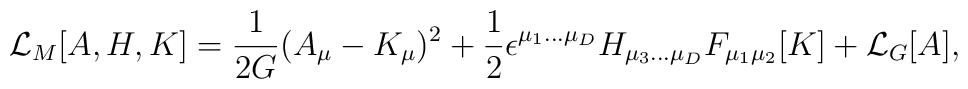
{\cal L}_{M}[A,H,K]  =  {1 \over 2G}(A_\mu-K_\mu)^2  + {1 \over 2}\epsilon^{\mu_1 ... \mu_D} H_{\mu_3 ...\mu_D} F_{\mu_1\mu_2}[K]+ {\cal L}_G[A],